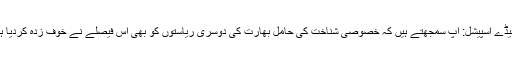
فرائیڈے اسپیشل: آپ سمجھتے ہیں کہ خصوصی شناخت کی حامل بھارت کی دوسری ریاستوں کو بھی اس فیصلے نے خوف زدہ کردیا ہے؟